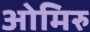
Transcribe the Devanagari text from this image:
ओमिरु